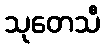
သုတေသီ